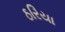
ઠરિયા